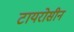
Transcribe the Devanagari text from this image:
टायरोसीन